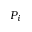
P _ { i }